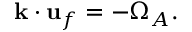
\begin{array} { r } { \mathbf { k } \cdot \mathbf { u } _ { f } = - \Omega _ { A } . } \end{array}